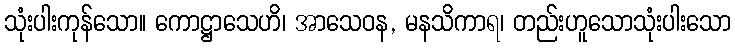
သုံးပါးကုန်သော။ ကောဋ္ဌာသေဟိ၊ အာသေဝန, မနသိကာရ၊ တည်းဟူသောသုံးပါးသော